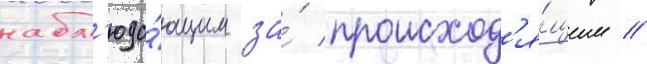
набл'юда́ющим за́ происход'я́щим //